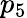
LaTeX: p_{5}